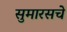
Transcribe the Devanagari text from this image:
सुमारसचे